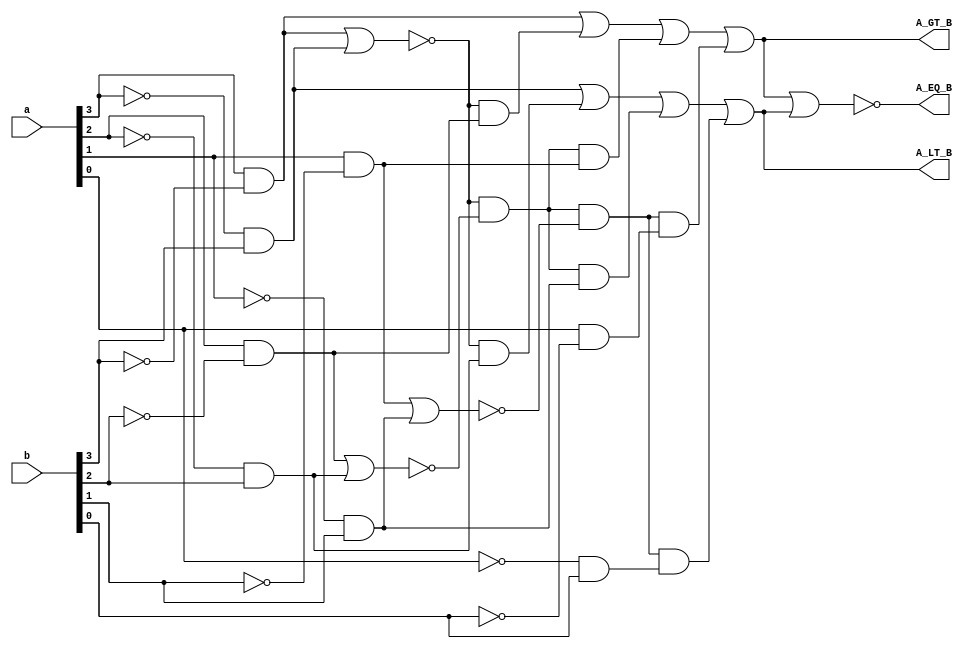
module comp_4_bit( output A_GT_B, A_LT_B, A_EQ_B, input [3:0] a, b);

wire [7:0] w;
wire [4:0] m;
wire [2:0] n;

not (b3_not,b[3]);
not (a3_not,a[3]);
not (b2_not,b[2]);
not (a2_not,a[2]);
not (b1_not,b[1]);
not (a1_not,a[1]);
not (b0_not,b[0]);
not (a0_not,a[0]);

and (w[7], a[3], b3_not);
and (w[6], a3_not, b[3]);
and (w[5], a[2], b2_not);
and (w[4], a2_not, b[2]);
and (w[3], a[1], b1_not);
and (w[2], a1_not, b[1]);
and (w[1], a[0], b0_not);
and (w[0], a0_not, b[0]);

nor (x_out, w[7], w[6]);
nor (y_out, w[5], w[4]);
nor (z_out, w[3], w[2]);
nor (t_out, w[1], w[0]);

and (m[4],x_out,w[5]);
and (m[3],x_out,y_out);
and (m[2],m[3],w[3]);
and (m[1],m[3],z_out);
and (m[0],m[1],w[1]);

and (n[2],x_out,w[4]);
and (n[1],m[3],w[2]);
and (n[0],m[1],w[0]);

or (A_GT_B, w[7], m[4], m[2], m[0]);
or (A_LT_B, w[6], n[2], n[1], n[0]);

nor (A_EQ_B, A_GT_B, A_LT_B);

endmodule